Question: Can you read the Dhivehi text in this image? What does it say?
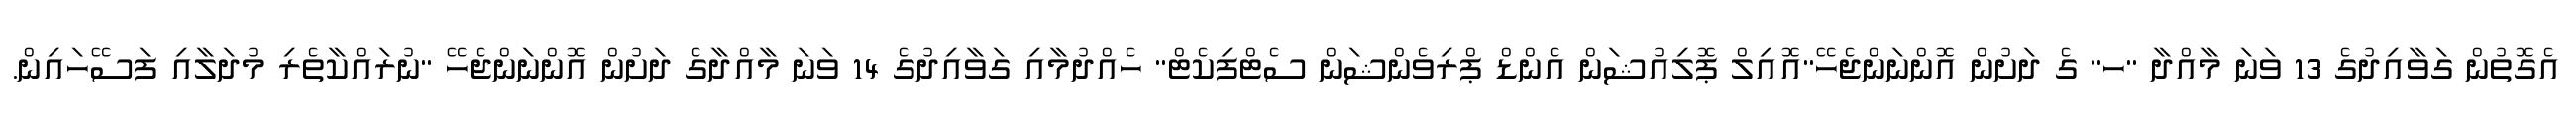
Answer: އެގޮތުން ގަވާއިދުގެ 13 ވަނަ މާއްދާ "ހ" ގެ ދަށުން އޮންނަންޖެހޭ"އޮއިލް ޕޮލިއުޝަން އެންޑް ޕްރިވެންޝަން ސެޓްފިކެޓް" ހެއްދުމާއި ގަވާއިދުގެ 14 ވަނަ މާއްދާގެ ދަށުން އޮންނަންޖެހޭ "ނުރައްކާތެރި މުދަލާއި ފަސޭހައިން.